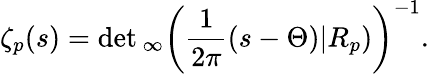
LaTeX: \zeta_{p}(s)=\operatorname*{d\mathrm{e}t}{}_{\infty}\left({\frac{{1}}{{2\pi}}}(s-\Theta)|R_{p})\right)^{-1}.